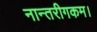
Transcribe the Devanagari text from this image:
नान्तरीगकम।